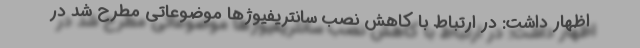
اظهار داشت: در ارتباط با کاهش نصب سانتریفیوژها موضوعاتی مطرح شد در